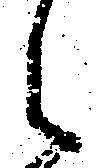
之